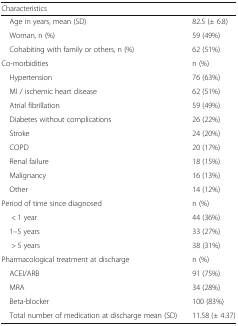
| Characteristics |  |
 | --- | --- |
 | Age in years, mean (SD) | 82.5 (± 6.8) |
 | Woman, n (%) | 59 (49%) |
 | Cohabiting with family or others, n (%) | 62 (51%) |
 | Co-morbidities | n (%) |
 | Hypertension | 76 (63%) |
 | MI / ischemic heart disease | 62 (51%) |
 | Atrial fibrillation | 59 (49%) |
 | Diabetes without complications | 26 (22%) |
 | Stroke | 24 (20%) |
 | COPD | 20 (17%) |
 | Renal failure | 18 (15%) |
 | Malignancy | 16 (13%) |
 | Other | 14 (12%) |
 | Period of time since diagnosed | n (%) |
 | < 1 year | 44 (36%) |
 | 1–5 years | 33 (27%) |
 | > 5 years | 38 (31%) |
 | Pharmacological treatment at discharge | n (%) |
 | ACEI/ARB | 91 (75%) |
 | MRA | 34 (28%) |
 | Beta-blocker | 100 (83%) |
 | Total number of medication at discharge mean (SD) | 11.58 (± 4.37) |